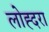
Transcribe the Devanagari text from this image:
लोह्दरा